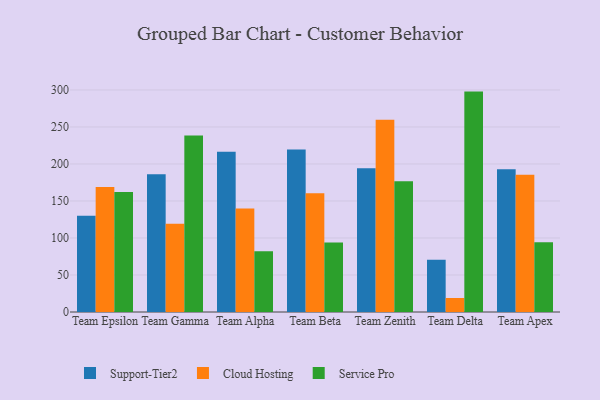
{"axis": {"x": "Team", "y": "Backlog"}, "legend": ["Cloud Hosting", "Service Pro", "Support-Tier2"], "data": [{"x": "Team Epsilon", "y": 130.0, "type": "Support-Tier2"}, {"x": "Team Epsilon", "y": 168.8, "type": "Cloud Hosting"}, {"x": "Team Epsilon", "y": 162.2, "type": "Service Pro"}, {"x": "Team Gamma", "y": 186.2, "type": "Support-Tier2"}, {"x": "Team Gamma", "y": 119.2, "type": "Cloud Hosting"}, {"x": "Team Gamma", "y": 238.4, "type": "Service Pro"}, {"x": "Team Alpha", "y": 216.4, "type": "Support-Tier2"}, {"x": "Team Alpha", "y": 140.0, "type": "Cloud Hosting"}, {"x": "Team Alpha", "y": 82.0, "type": "Service Pro"}, {"x": "Team Beta", "y": 219.4, "type": "Support-Tier2"}, {"x": "Team Beta", "y": 160.4, "type": "Cloud Hosting"}, {"x": "Team Beta", "y": 94.0, "type": "Service Pro"}, {"x": "Team Zenith", "y": 194.3, "type": "Support-Tier2"}, {"x": "Team Zenith", "y": 259.8, "type": "Cloud Hosting"}, {"x": "Team Zenith", "y": 176.7, "type": "Service Pro"}, {"x": "Team Delta", "y": 70.5, "type": "Support-Tier2"}, {"x": "Team Delta", "y": 18.9, "type": "Cloud Hosting"}, {"x": "Team Delta", "y": 297.8, "type": "Service Pro"}, {"x": "Team Apex", "y": 192.8, "type": "Support-Tier2"}, {"x": "Team Apex", "y": 185.6, "type": "Cloud Hosting"}, {"x": "Team Apex", "y": 94.3, "type": "Service Pro"}]}